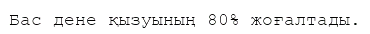
Бас дене қызуының 80% жоғалтады.